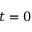
t = 0